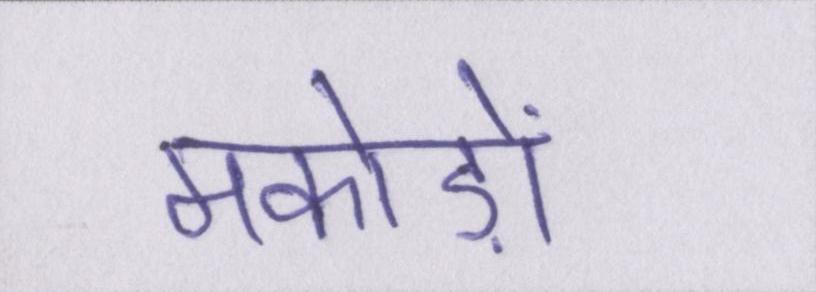
मकोड़ों